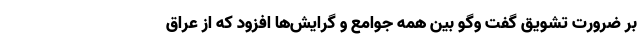
بر ضرورت تشویق گفت وگو بین همه جوامع و گرایش‌ها افزود که از عراق